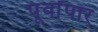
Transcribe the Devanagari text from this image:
पूर्वांपार